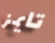
تايمز